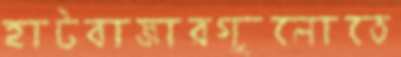
হাটবাজারগুলোতে